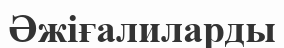
Әжіғалиларды